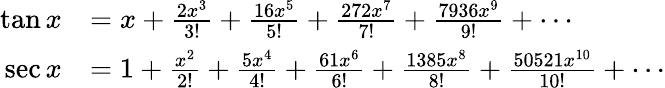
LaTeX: {\begin{array}{rl}{\tan x}&{=x+{\frac{2x^{3}}{3!}}+{\frac{16x^{5}}{5!}}+{\frac{272x^{7}}{7!}}+{\frac{7936x^{9}}{9!}}+\cdots}\\ {\sec x}&{=1+{\frac{x^{2}}{2!}}+{\frac{5x^{4}}{4!}}+{\frac{61x^{6}}{6!}}+{\frac{1385x^{8}}{8!}}+{\frac{50521x^{10}}{10!}}+\cdots}\end{array}}